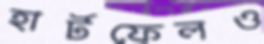
হার্টফেলও